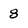
Character: 8